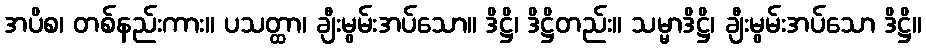
အပိစ၊ တစ်နည်းကား။ ပသတ္ထာ၊ ချီးမွမ်းအပ်သော။ ဒိဋ္ဌိ၊ ဒိဋ္ဌိတည်း။ သမ္မာဒိဋ္ဌိ၊ ချီးမွမ်းအပ်သော ဒိဋ္ဌိ။